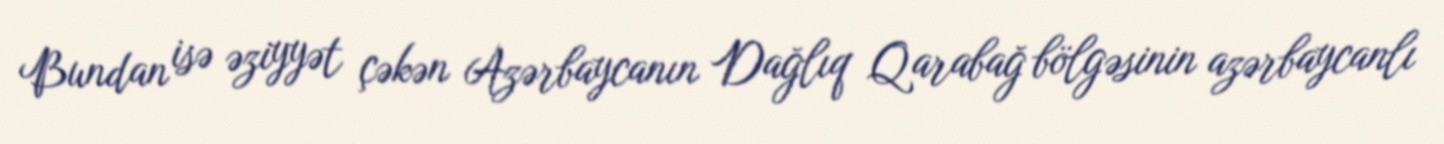
Bundan isə əziyyət çəkən Azərbaycanın Dağlıq Qarabağ bölgəsinin azərbaycanlı